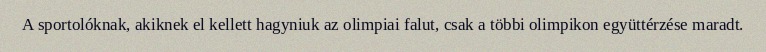
A sportolóknak, akiknek el kellett hagyniuk az olimpiai falut, csak a többi olimpikon együttérzése maradt.